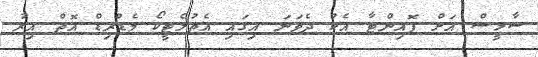
ސާޅީސް އަށް ޕޮއިންޓާ އެކު ދެވަނަ އިގައި އެތުލެޓީކޯ މެޑްރިޑް އޮތް އިރު